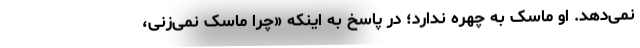
نمی‌دهد. او ماسک به چهره ندارد؛ در پاسخ به اینکه «چرا ماسک نمی‌زنی،